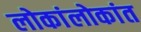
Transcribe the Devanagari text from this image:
लोकांलोकांत